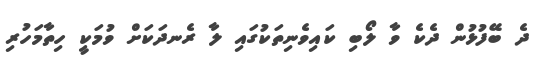
ދެ ބޭފުޅުން ދެކެ ވާ ލޯބި ކައިވެނިތަކުގައި ލާ ރެނދަކަށް ވުމަކީ ހިތާމަހުރި